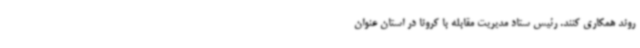
روند همکاری کنند.‌ رئیس ستاد مدیریت مقابله با کرونا در استان عنوان